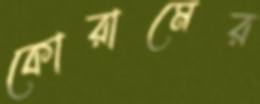
কোরামের